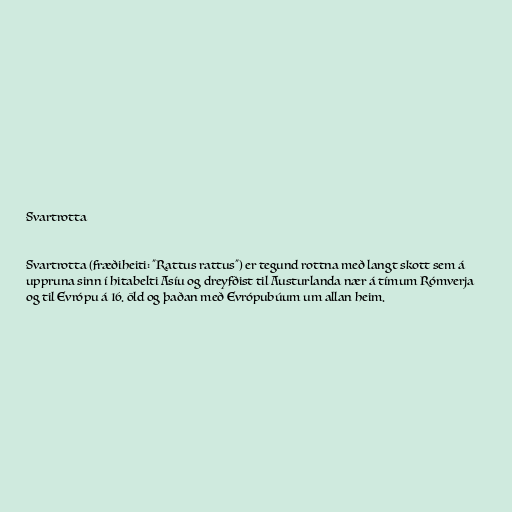
Svartrotta

Svartrotta (fræðiheiti: "Rattus rattus") er tegund rottna með langt skott sem á
uppruna sinn í hitabelti Asíu og dreyfðist til Austurlanda nær á tímum Rómverja
og til Evrópu á 16. öld og þaðan með Evrópubúum um allan heim.